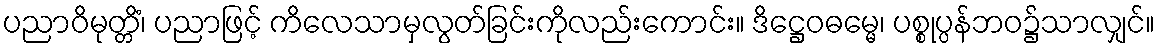
ပညာဝိမုတ္တိံ၊ ပညာဖြင့် ကိလေသာမှလွတ်ခြင်းကိုလည်းကောင်း။ ဒိဋ္ဌေဝဓမ္မေ၊ ပစ္စုပ္ပန်ဘဝ၌သာလျှင်။